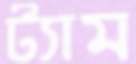
ট্যাম